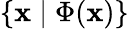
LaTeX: \{ \mathbf{x}\mid\Phi(\mathbf{x})\}